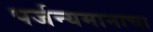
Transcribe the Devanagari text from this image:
पर्जन्यमानाचा